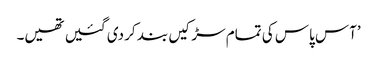
’آس پاس کی تمام سڑکیں بند کر دی گئیں تھیں۔